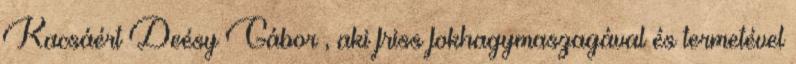
Kacsáért Deésy Gábor , aki friss fokhagymaszagával és termetével